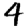
Digit: 4